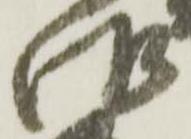
御